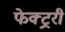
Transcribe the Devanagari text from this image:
फेक्ट्ररी